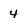
Character: 4